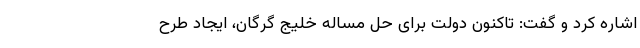
اشاره کرد و گفت: تاکنون دولت برای حل مساله خلیج گرگان، ایجاد طرح